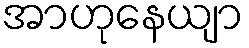
အာဟုနေယျာ